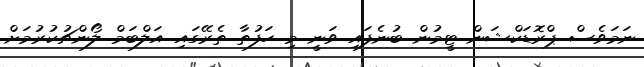
ނަމަވެސް ޕްރޮޑަކްޝަން ޓީމުން ބުނެފައި ވަނީ މި ހަފުތާ ތެރޭގައި އަލްބަމް ލޯންޗުކުރުމަށް